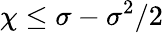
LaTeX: \chi\le\sigma-\sigma^{2}/2